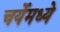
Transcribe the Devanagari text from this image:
चर्येमध्ये